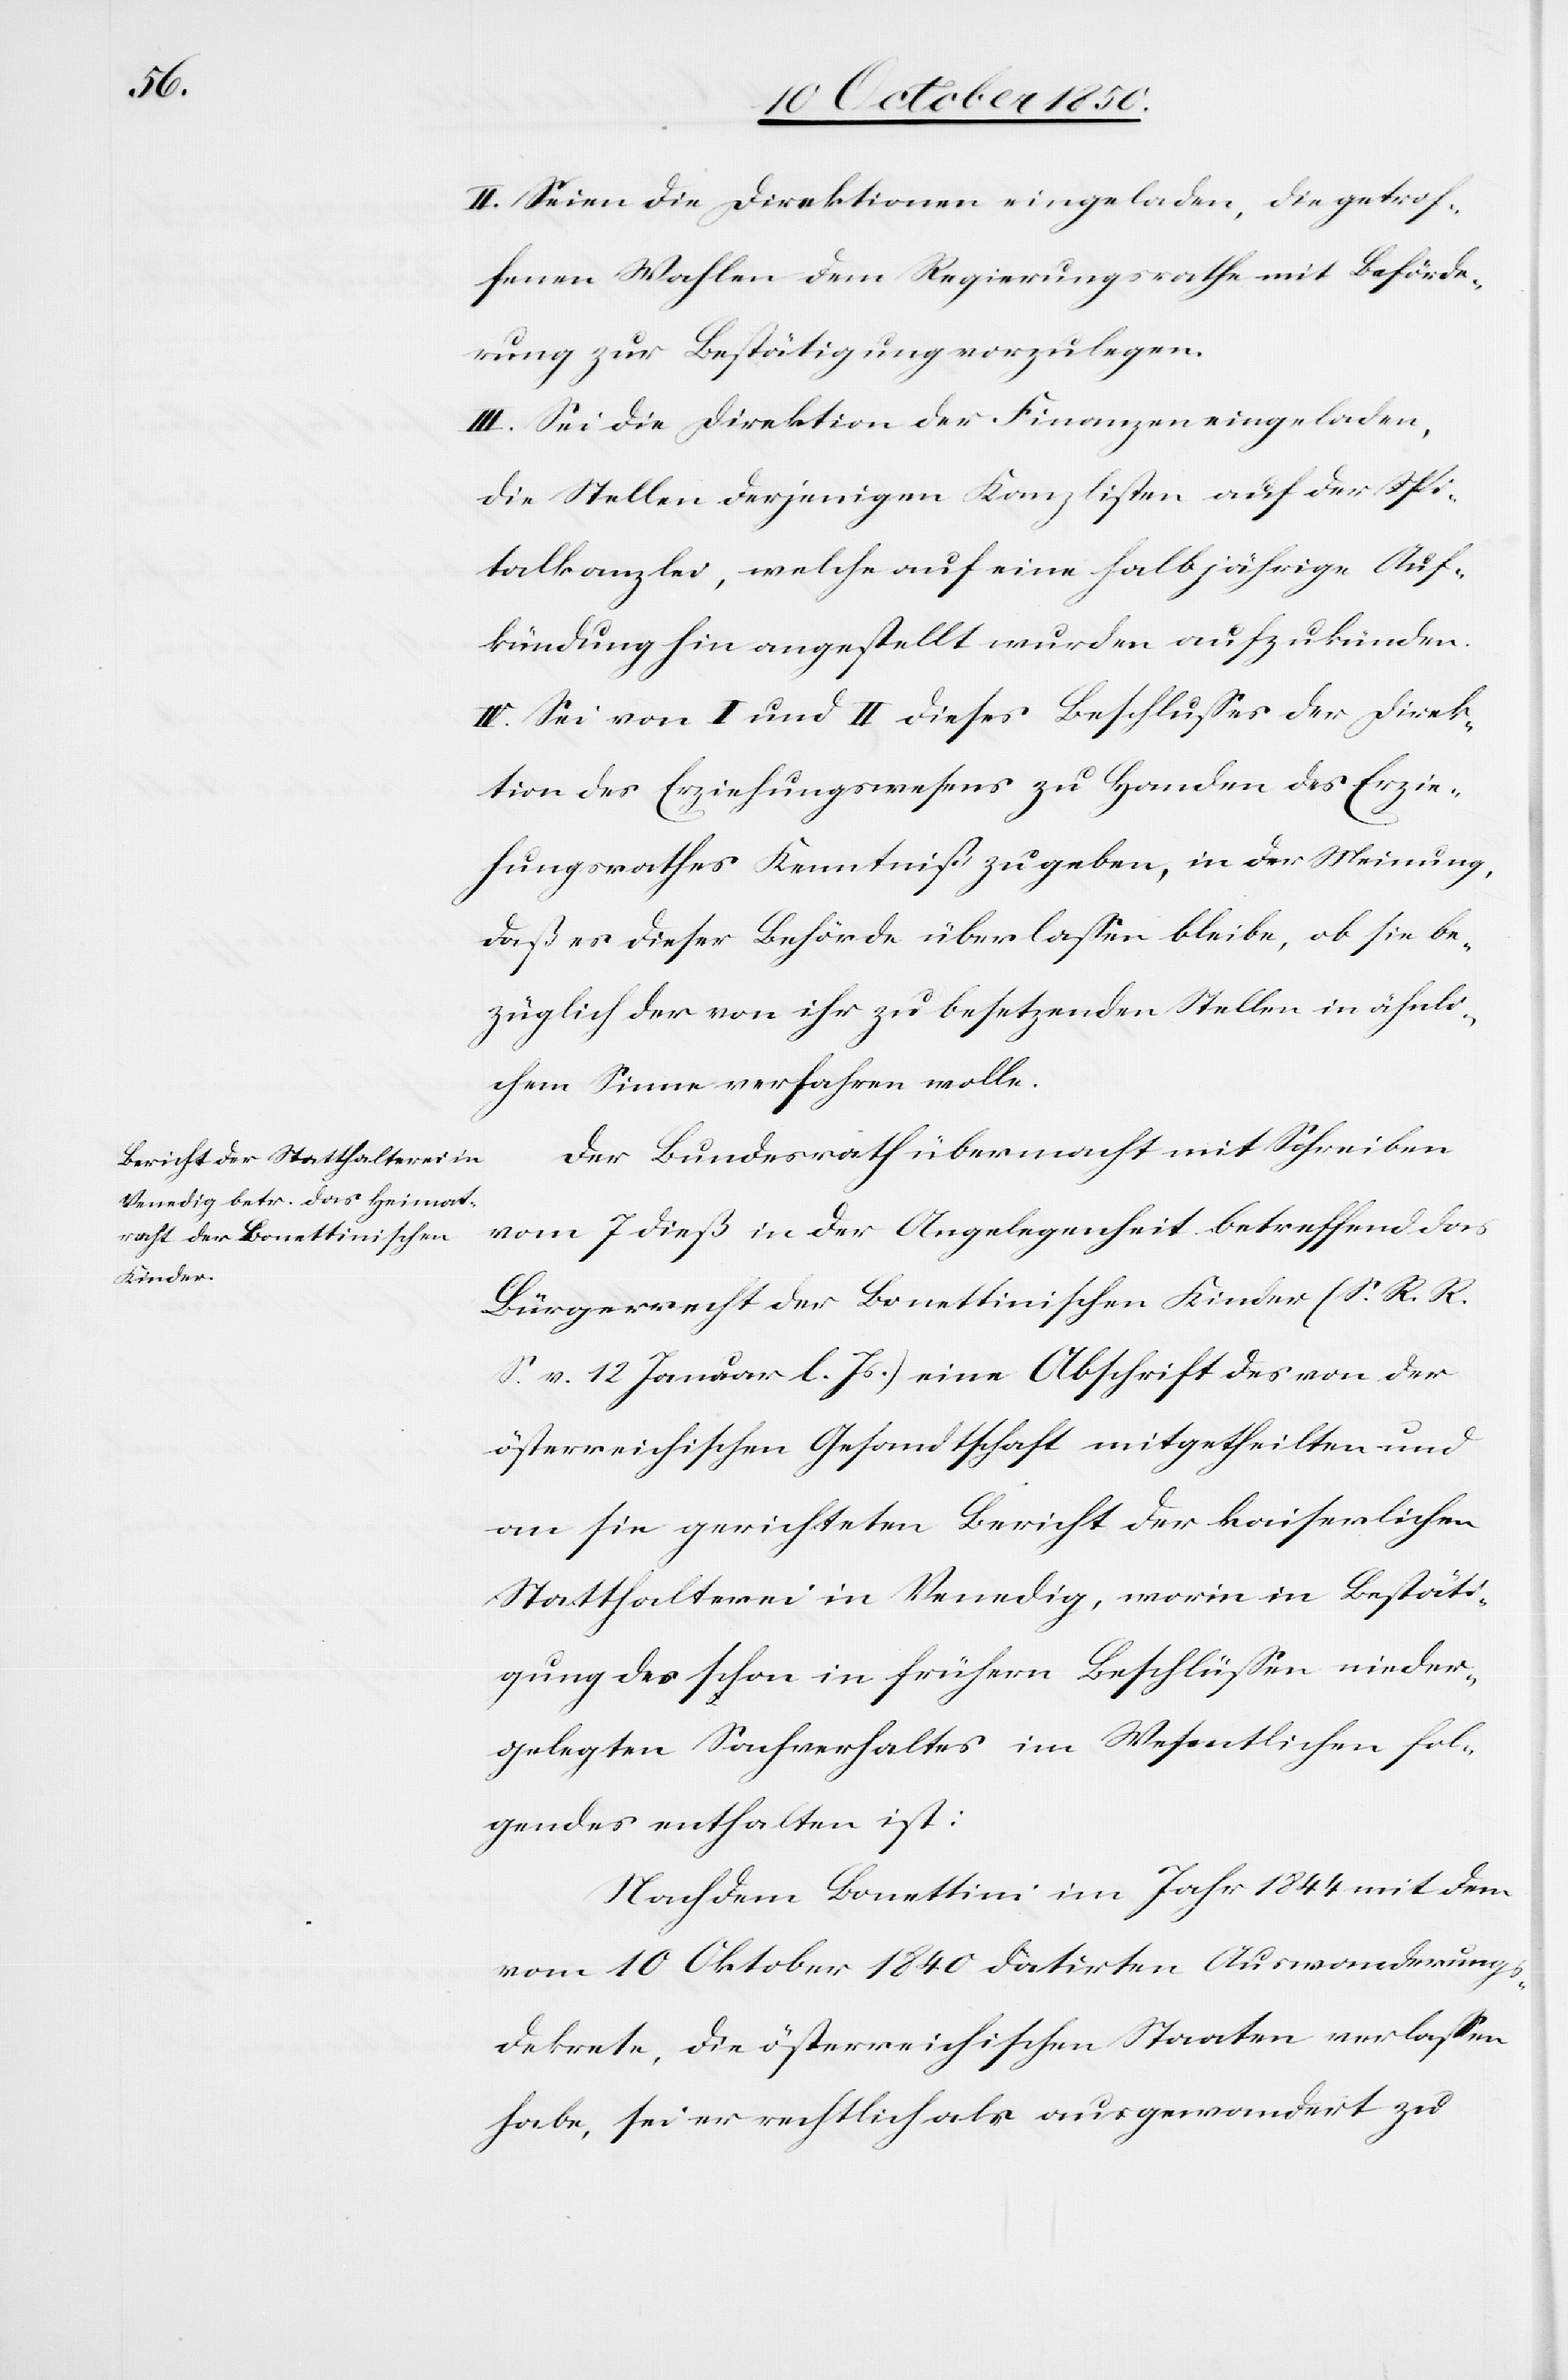
II. Seien die Direktionen eingeladen, die getrof¬
fenen Wahlen dem Regierungsrathe mit Beförde¬
rung zur Bestätigung vorzulegen.
III. Sei die Direktion der Finanzen eingeladen,
die Stellen derjenigen Kanzlisten auf der Spi¬
talkanzlei, welche auf eine halbjährige Auf¬
kündung hin angestellt wurden aufzukünden.
IV. Sei von I und II dieses Beschlusses der Direk¬
tion des Erziehungswesens zu Handen des Erzie¬
hungsrathes Kenntniß zu geben, in der Meinung,
daß es dieser Behörde überlassen bleibe, ob sie be¬
züglich der von ihr zu besetzenden Stellen in ähnli¬
chem Sinne verfahren wolle.
Der Bundesrath übermacht mit Schreiben
vom 7 dieß in der Angelegenheit betreffend das
Bürgerrecht der Bonettinischen Kinder (S. R. R.
S. v. 12 Januar l. Js.) eine Abschrift des von der
österreichischen Gesandtschaft mitgetheilten und
an sie gerichteten Bericht der kaiserlichen
Statthalterei in Venedig, worin in Bestäti¬
gung des schon in frühern Beschlüssen nieder¬
gelegten Sachverhaltes im Wesentlichen fol¬
gendes enthalten ist:
Nachdem Bonettini im Jahr 1844 mit dem
vom 10 Oktober 1840 datirten Auswanderungs¬
dekrete, die österreichischen Staaten verlassen
habe, sei er rechtlich als ausgewandert zu